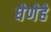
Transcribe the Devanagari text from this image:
घेणेहे